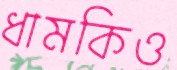
ধামকিও